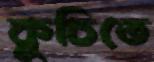
কুচিতে